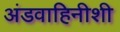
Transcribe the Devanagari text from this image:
अंडवाहिनीशी